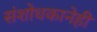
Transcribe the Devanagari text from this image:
संशोधकानेही